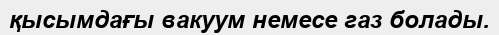
қысымдағы вакуум немесе газ болады.